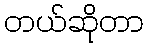
တယ်ဆိုတာ